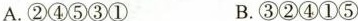
A. ②④⑤③① B. ③②④①⑤